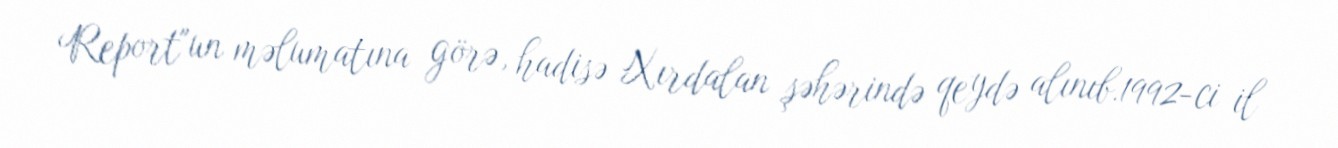
Report"un məlumatına görə, hadisə Xırdalan şəhərində qeydə alınıb.1992-ci il